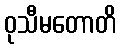
ဝုသီမတောတိ